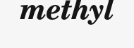
methyl